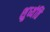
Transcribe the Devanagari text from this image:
शुध्यंति